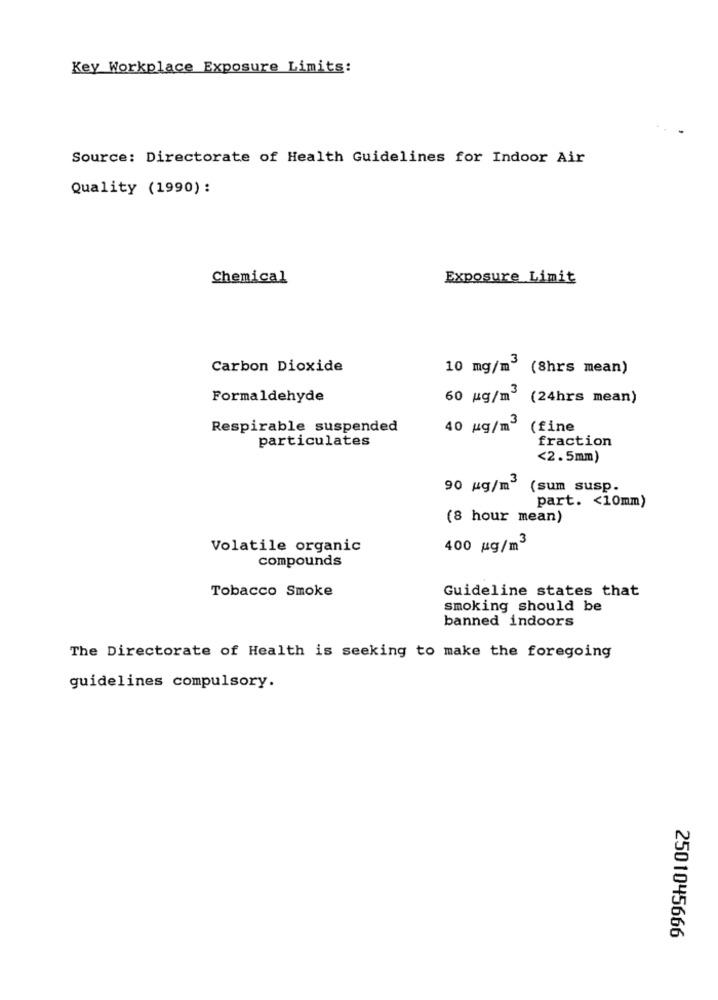
Key Workplace Exposure Limits:
Source: Directorate of Health Guidelines for Indoor Air
Quality (1990) :
Chemical
Exposure Limit
Carbon Dioxide
10 mg/m3
(8hrs mean)
Formaldehyde
60 kg/m3
(24hrs mean)
Respirable suspended
40 kg/m3
(fine
particulates
fraction
<2.5mm)
90 kg/m3
(sum susp.
part. < 10mm)
(8 hour mean)
Volatile organic
400 g/m3
compounds
Tobacco Smoke
Guideline states that
smoking should be
banned indoors
The Directorate of Health is seeking to make the foregoing
guidelines compulsory.
2501045666